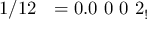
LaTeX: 1 / 1 2 \ \ = 0 . 0 \ 0 \ 0 \ 2 _ { ! }